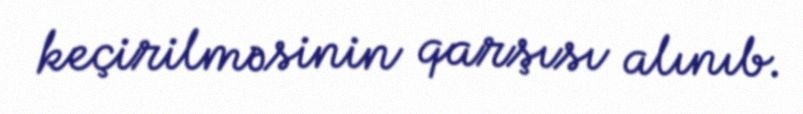
keçirilməsinin qarşısı alınıb.